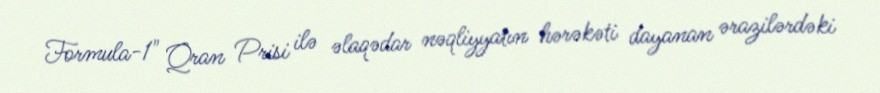
Formula-1" Qran Prisi ilə əlaqədar nəqliyyatın hərəkəti dayanan ərazilərdəki